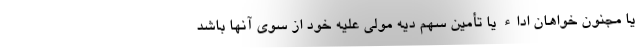
یا مجنون خواهان اداء یا تأمین سهم دیه مولی علیه خود از سوی آنها باشد